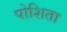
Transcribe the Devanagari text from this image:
पोशिता